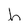
Character: h